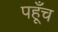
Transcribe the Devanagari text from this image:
पहूँच